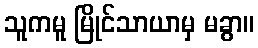
သူကမူ မြိုင်သာယာမှ မခွာ။